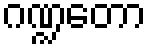
ဂဏ္ဍတော